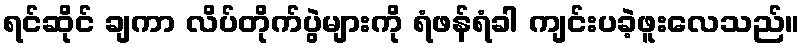
ရင်ဆိုင် ချကာ လိပ်တိုက်ပွဲများကို ရံဖန်ရံခါ ကျင်းပခဲ့ဖူးလေသည်။